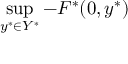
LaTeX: \operatorname* { s u p } _ { y ^ { * } \in Y ^ { * } } - F ^ { * } ( 0 , y ^ { * } )